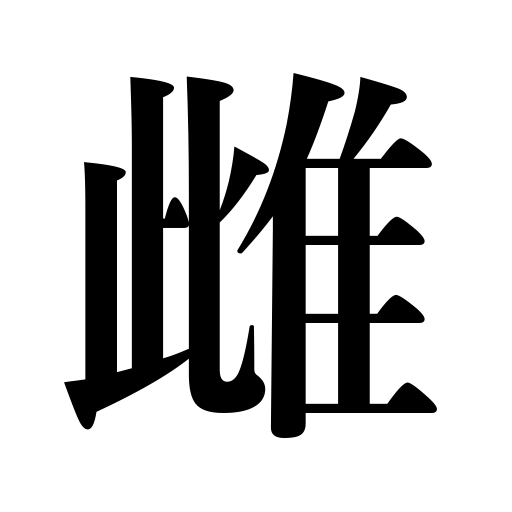
Meanings: female